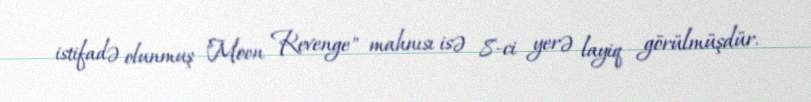
istifadə olunmuş "Moon Revenge" mahnısı isə 8-ci yerə layiq görülmüşdür.